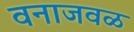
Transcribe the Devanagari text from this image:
वनाजवळ